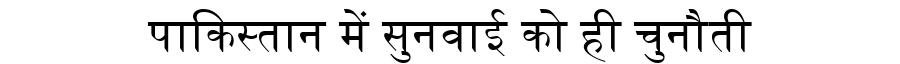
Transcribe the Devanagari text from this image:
पाकिस्तान में सुनवाई को ही चुनौती